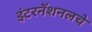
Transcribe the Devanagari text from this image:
इंटरनॅशनलचे